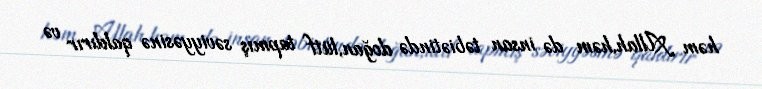
həm Allah,həm də insan təbiətində doğan,lütf tapmış səviyyəsinə qaldırır və